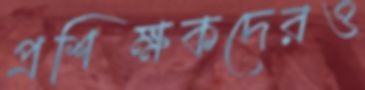
প্রশিক্ষকদেরও